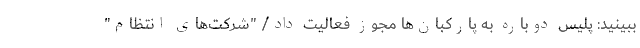
ببینید: پلیس دوباره به پارکبان‌‌ها مجوز فعالیت داد/ "شرکت‌های انتظام"